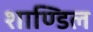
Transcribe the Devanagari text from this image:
शाण्डिल